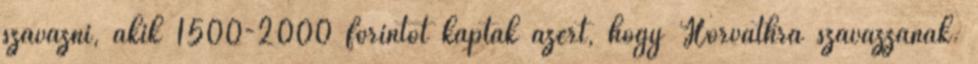
szavazni, akik 1500-2000 forintot kaptak azért, hogy Horváthra szavazzanak.